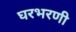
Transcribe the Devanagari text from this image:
घरभरणी